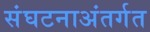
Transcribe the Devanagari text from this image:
संघटनाअंतर्गत